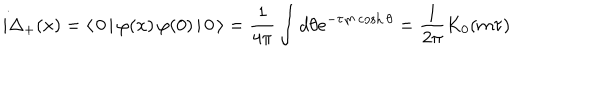
i \Delta _ { + } ( x ) = \langle \, 0 \, | \, \varphi ( x ) \, \varphi ( 0 ) \, | \, 0 \, \rangle = \frac { 1 } { 4 \pi } \int d \theta e ^ { - \tau m \cosh \theta } = \frac { 1 } { 2 \pi } K _ { 0 } ( m \tau )